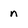
Character: n